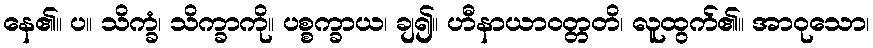
နေ၏။ ပ။ သိက္ခံ၊ သိက္ခာကို။ ပစ္စက္ခာယ၊ ချ၍။ ဟီနာယာဝတ္တတိ၊ လူထွက်၏။ အာဝုသော၊